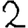
Digit: 2